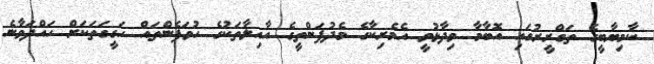
ކާމިޔާބީގެ ތަގްރީރުގައި އޮބާމާ ވިދާޅުވީ އެމެރިކާގެ މެދުފަންތީގެ އާއިލާތަކުގެ ހުވަފެންތައް ހަގީގަތަކަށް ހައްދަވާނެ